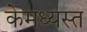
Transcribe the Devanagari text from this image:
केमध्यस्त